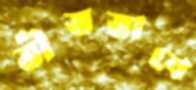
ভীতভাবে